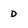
Character: D